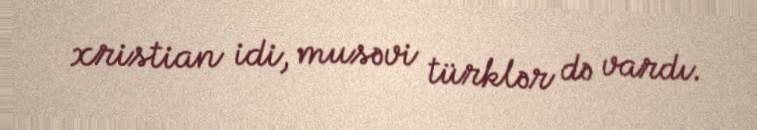
xristian idi, musəvi türklər də vardı.